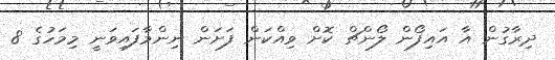
ދިރާގުން އާ އައިފޯން ލޯންޗް ކޮށް ވިއްކަން ފަށަން ނިންމާފައިވަނީ މިމަހުގެ 8